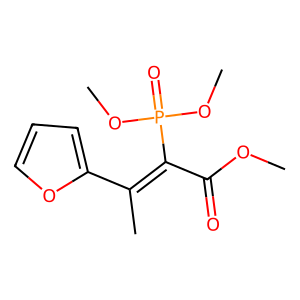
SMILES: COC(=O)C(=C(C)c1ccco1)P(=O)(OC)OC
Inhibits HIV replication: No